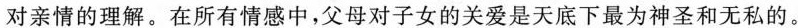
对亲情的理解。在所有情感中，父母对子女的关爱是天底下最为神圣和无私的。